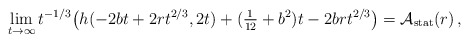
\begin{align*}\lim_{t \to \infty}t^{-1/3}\big(h(-2bt + 2r t^{2/3},2t) + (\tfrac{1}{12} + b^2)t - 2brt^{2/3}\big) = \mathcal{A}_{\rm stat}(r)\,,\end{align*}